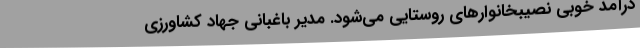
درآمد خوبی نصیبخانوارهای روستایی می‌شود. مدیر باغبانی جهاد کشاورزی